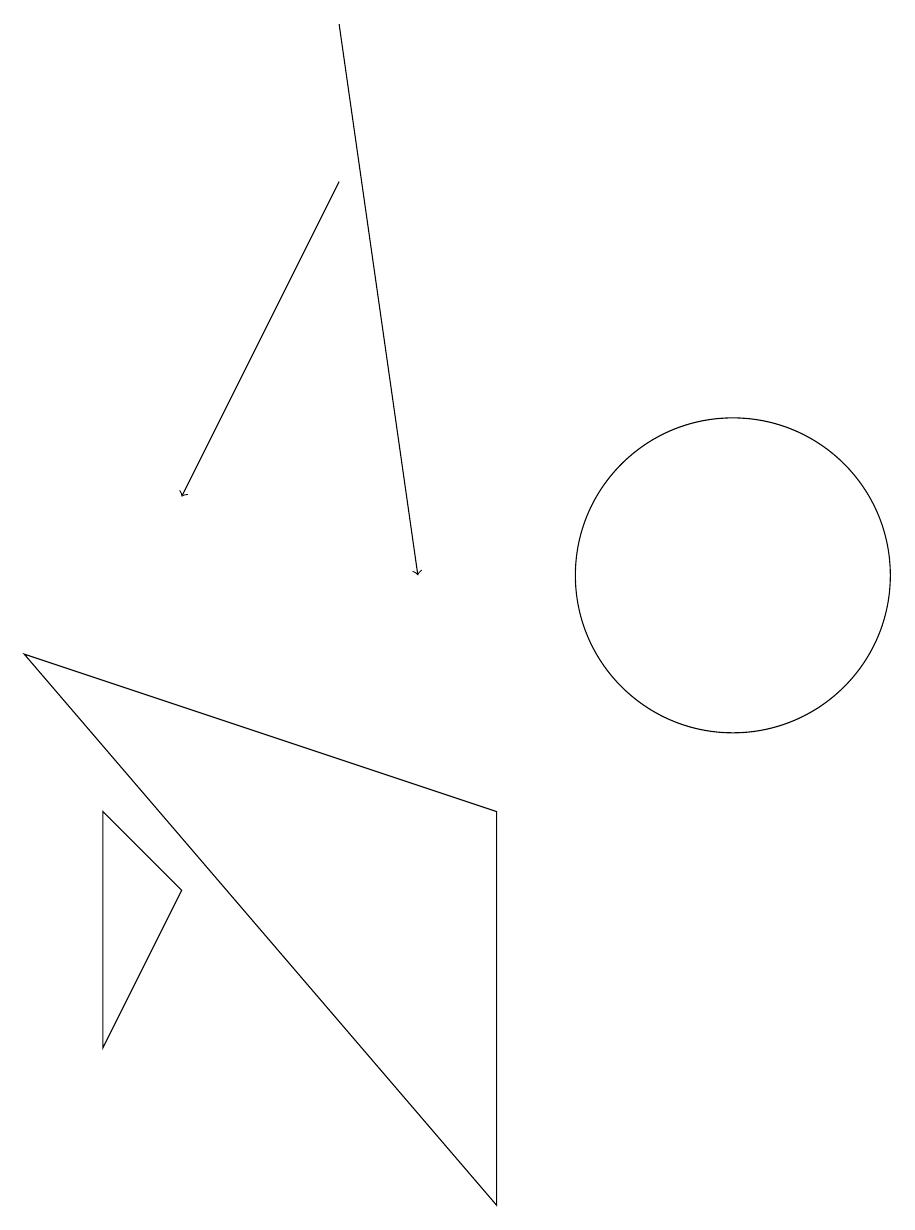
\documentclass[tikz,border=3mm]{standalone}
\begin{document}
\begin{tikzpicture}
\draw (11,10) circle (2);
\draw[->] (6,15) -- (4,11);
\draw (2,9) -- (8,2) -- (8,7) -- cycle;
\draw[->] (6,17) -- (7,10);
\draw (4,6) -- (3,7) -- (3,4) -- cycle;
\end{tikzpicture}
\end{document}